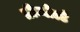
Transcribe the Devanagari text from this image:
ग्रीन्वोर्ल्ड